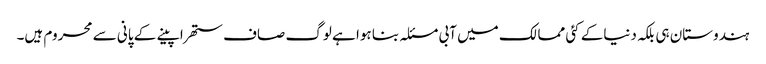
ہندوستان ہی بلکہ دنیاکے کئی ممالک میں آبی مسئلہ بنا ہوا ہے لوگ صاف ستھرا پینے کے پانی سے محروم ہیں۔